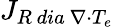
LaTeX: {J}_{R\ dia\ \nabla\cdot T_{e}}